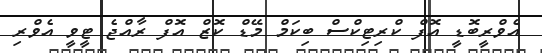
އެވްރީބޮޑީ އޮފް ކްރިޓިކްސް ބިކަމް މޭޑް ކޮޒް އޮފް ރާއްޖެ ޓީވީ އެވްރި